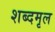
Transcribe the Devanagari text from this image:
शब्दमृल